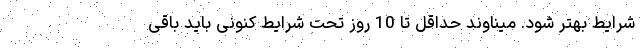
شرایط بهتر شود. میناوند حداقل تا 10 روز تحت شرایط کنونی باید باقی